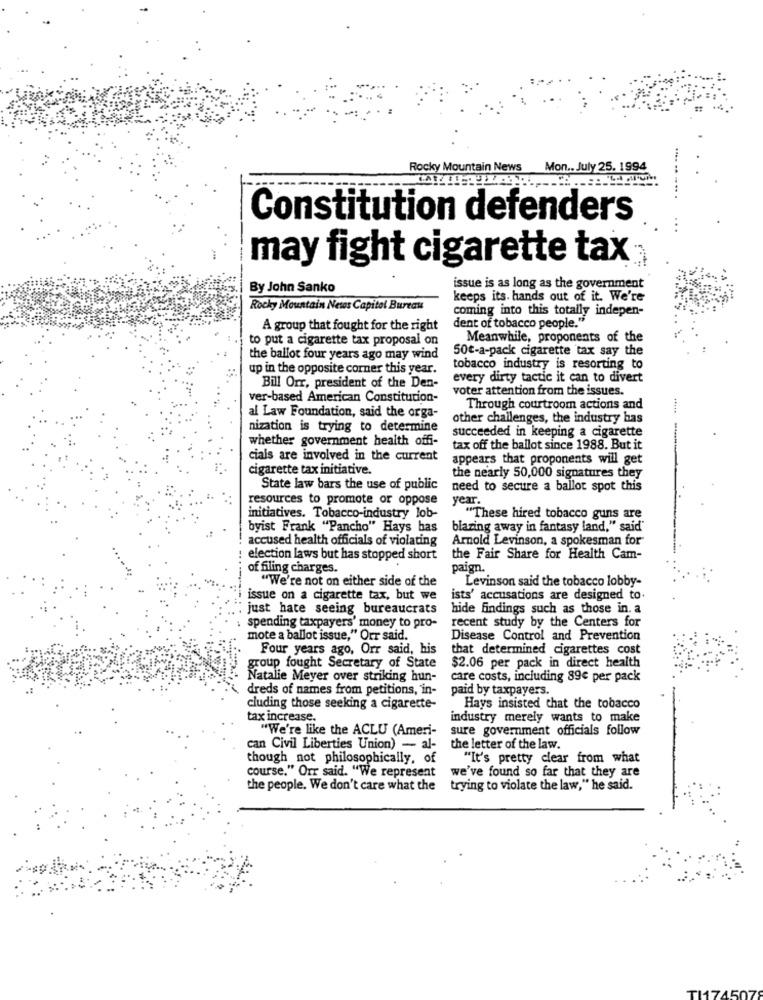
Rocky Mountain News
Mon .. July 25. 1994
.... .. ....
Constitution defenders
may fight cigarette tax
By John Sanko
issue is as long as the government
keeps its. hands out of it. We're
Rocky Mountain News Capital Bureau
coming into this totally indepen-
A group that fought for the right
dent of tobacco people."
to put a cigarette tax proposal on
Meanwhile, proponents of the
50€-a-pack cigarette tax say the
the ballot four years ago may wind
up in the opposite corner this year.
tobacco industry is resorting to
every dirty tactic it can to divert
Bill Orr, president of the Den-
voter attention from the issues.
ver-based American Constitution-
Through courtroom actions and
al Law Foundation, said the orga-
other challenges, the industry has
nization is trying to determine
succeeded in keeping a cigarette
whether government health offi-
tax off the ballot since 1988. But it
cials are involved in the current
appears that proponents will get
cigarette tax initiative.
the nearly 50,000 signatures they
State law bars the use of public
need to secure a ballot spot this
resources to promote or oppose
year.
initiatives. Tobacco-industry lob-
"These hired tobacco guns are
byist Frank "Pancho" Hays bas
blazing away in fantasy land," said"
accused health officials of violating
Arnold Levinson, a spokesman for
election laws but has stopped short
the Fair Share for Health Cam-
of filing charges.
paign.
-----
"We're not on either side of the
Levinson said the tobacco lobby-
issue on a cigarette tax, but we
ists' accusations are designed to.
just hate seeing bureaucrats
hide findings such as those in. a
recent study by the Centers for
: spending taxpayers' money to pro-
mote a ballot issue," Orr said.
Disease Control and Prevention
Four years ago, Orr said, his
that determined cigarettes cost
$2.06 per pack in direct health
group fought Secretary of State
Natalie Meyer over striking hun-
care costs, including 89€ per pack
dreds of names from petitions, in-
paid by taxpayers.
cluding those seeking a cigarette-
Hays insisted that the tobacco
tax increase.
industry merely wants to make
"We're like the ACLU (Ameri-
sure government officials follow
can Civil Liberties Union) - al-
the letter of the law.
though not philosophically, of
"It's pretty clear from what
course." Orr said. "We represent
we've found so far that they are
the people. We don't care what the
trying to violate the law," he said.